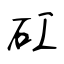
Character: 矼